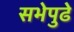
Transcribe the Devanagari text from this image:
सभेपुढे